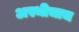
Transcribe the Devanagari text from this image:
अस्थीचाच